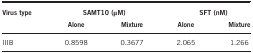
<table><thead><tr><td><b>Virus type</b></td><td colspan="2"><b>SAMT10 (μM)</b></td><td colspan="2"><b>SFT (nM)</b></td></tr><tr><td><b> </b></td><td><b>Alone</b></td><td><b>Mixture</b></td><td><b>Alone</b></td><td><b>Mixture</b></td></tr></thead><tbody><tr><td>IIIB</td><td>0.8598</td><td>0.3677</td><td>2.065</td><td>1.266</td></tr></tbody></table>